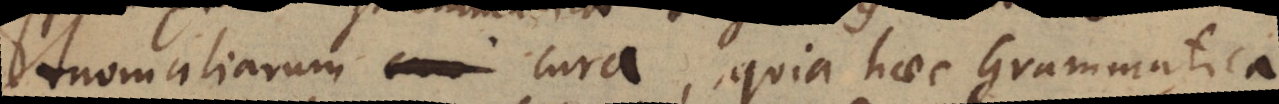
Anomaliarum _ cura, quia haec Grammatica